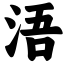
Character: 浯